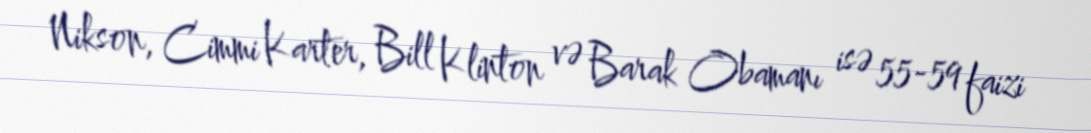
Nikson, Cimmi Karter, Bill Klinton və Barak Obamanı isə 55-59 faizi